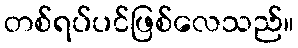
တစ်ရပ်ပင်ဖြစ်လေသည်။